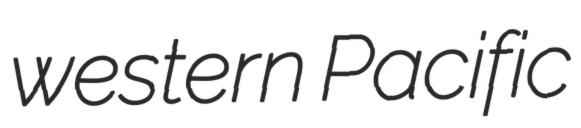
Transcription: western Pacific